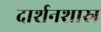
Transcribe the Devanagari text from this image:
दार्शनशास्र